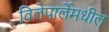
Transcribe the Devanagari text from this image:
विलेपार्लेमधील